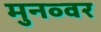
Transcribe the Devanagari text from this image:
मुनव्‍वर